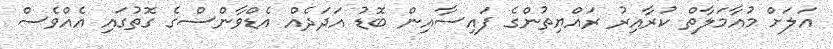
އަލަށް މުއާމަލާތް ކުރާއިރު ރައްޔިތުންގެ ފައިސާއިން ބޮޑު އަދަދެއް އެޑްވާންސްގެ ގޮތުގައި އެއްވެސް